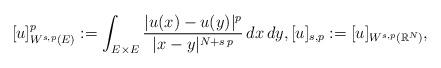
LaTeX: \begin{align*}[u]_{W^{s, p}(E)}^p:=\int_{E\times E}\frac{|u(x)-u(y)|^p}{|x-y|^{N+s\,p}}\, dx\, dy, [u]_{s,p}:=[u]_{W^{s,p}(\mathbb{R}^N)}, \end{align*}